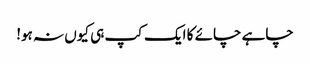
چاہے چائے کا ایک کپ ہی کیوں نہ ہو!